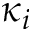
\kappa _ { i }